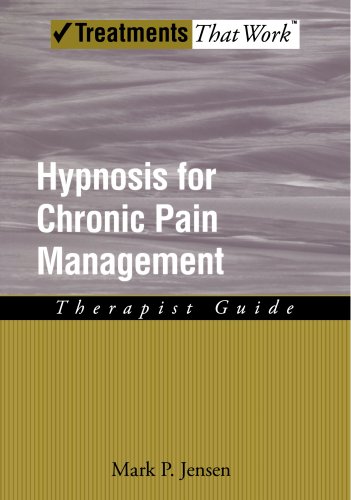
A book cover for Hypnosis for Chronic Pain Management: Therapist Guide (Treatments That Work); Mark P. Jensen; Health, Fitness & Dieting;